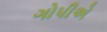
ગોપીએ